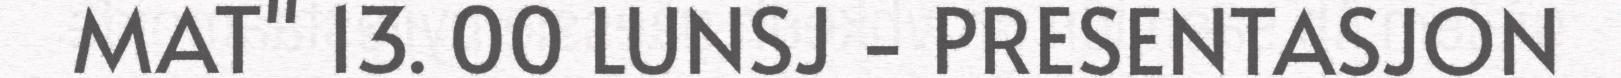
MAT" 13. 00 LUNSJ - PRESENTASJON